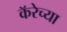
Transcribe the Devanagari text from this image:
कॅरेच्या